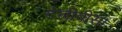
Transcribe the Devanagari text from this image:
टेलीवीसा